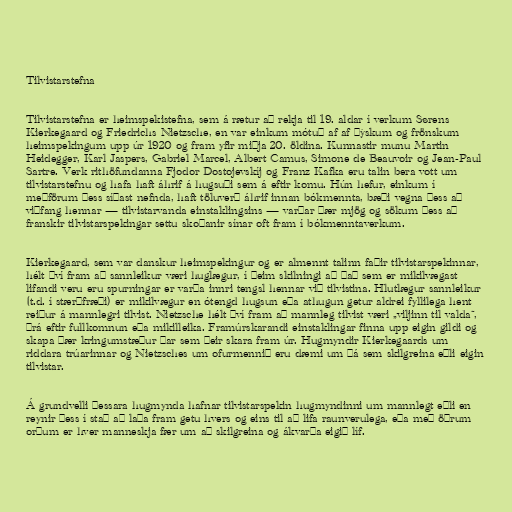
Tilvistarstefna

Tilvistarstefna er heimspekistefna, sem á rætur að rekja til 19. aldar í verkum Sørens
Kierkegaard og Friedrichs Nietzsche, en var einkum mótuð af af þýskum og frönskum
heimspekingum upp úr 1920 og fram yfir miðja 20. öldina. Kunnastir munu Martin
Heidegger, Karl Jaspers, Gabriel Marcel, Albert Camus, Simone de Beauvoir og Jean-Paul
Sartre. Verk rithöfundanna Fjodor Dostojevskíj og Franz Kafka eru talin bera vott um
tilvistarstefnu og hafa haft áhrif á hugsuði sem á eftir komu. Hún hefur, einkum í
meðförum þess síðast nefnda, haft töluverð áhrif innan bókmennta, bæði vegna þess að
viðfang hennar — tilvistarvanda einstaklingsins — varðar þær mjög og sökum þess að
franskir tilvistarspekingar settu skoðanir sínar oft fram í bókmenntaverkum.

Kierkegaard, sem var danskur heimspekingur og er almennt talinn faðir tilvistarspekinnar,
hélt því fram að sannleikur væri huglægur, í þeim skilningi að það sem er mikilvægast
lifandi veru eru spurningar er varða innri tengsl hennar við tilvistina. Hlutlægur sannleikur
(t.d. í stærðfræði) er mikilvægur en ótengd hugsun eða athugun getur aldrei fyllilega hent
reiður á mannlegri tilvist. Nietzsche hélt því fram að mannleg tilvist væri „viljinn til valda“,
þrá eftir fullkomnun eða mikilleika. Framúrskarandi einstaklingar finna upp eigin gildi og
skapa þær kringumstæður þar sem þeir skara fram úr. Hugmyndir Kierkegaards um
riddara trúarinnar og Nietzsches um ofurmennið eru dæmi um þá sem skilgreina eðli eigin
tilvistar.

Á grundvelli þessara hugmynda hafnar tilvistarspekin hugmyndinni um mannlegt eðli en
reynir þess í stað að laða fram getu hvers og eins til að lifa raunverulega, eða með öðrum
orðum er hver manneskja fær um að skilgreina og ákvarða eigið líf.